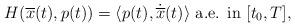
LaTeX: \begin{align*}H(\overline{x}(t),p(t))= \langle p(t), \dot{\overline{x}}(t) \rangle\mbox{ a.e. in } [t_0,T],\end{align*}